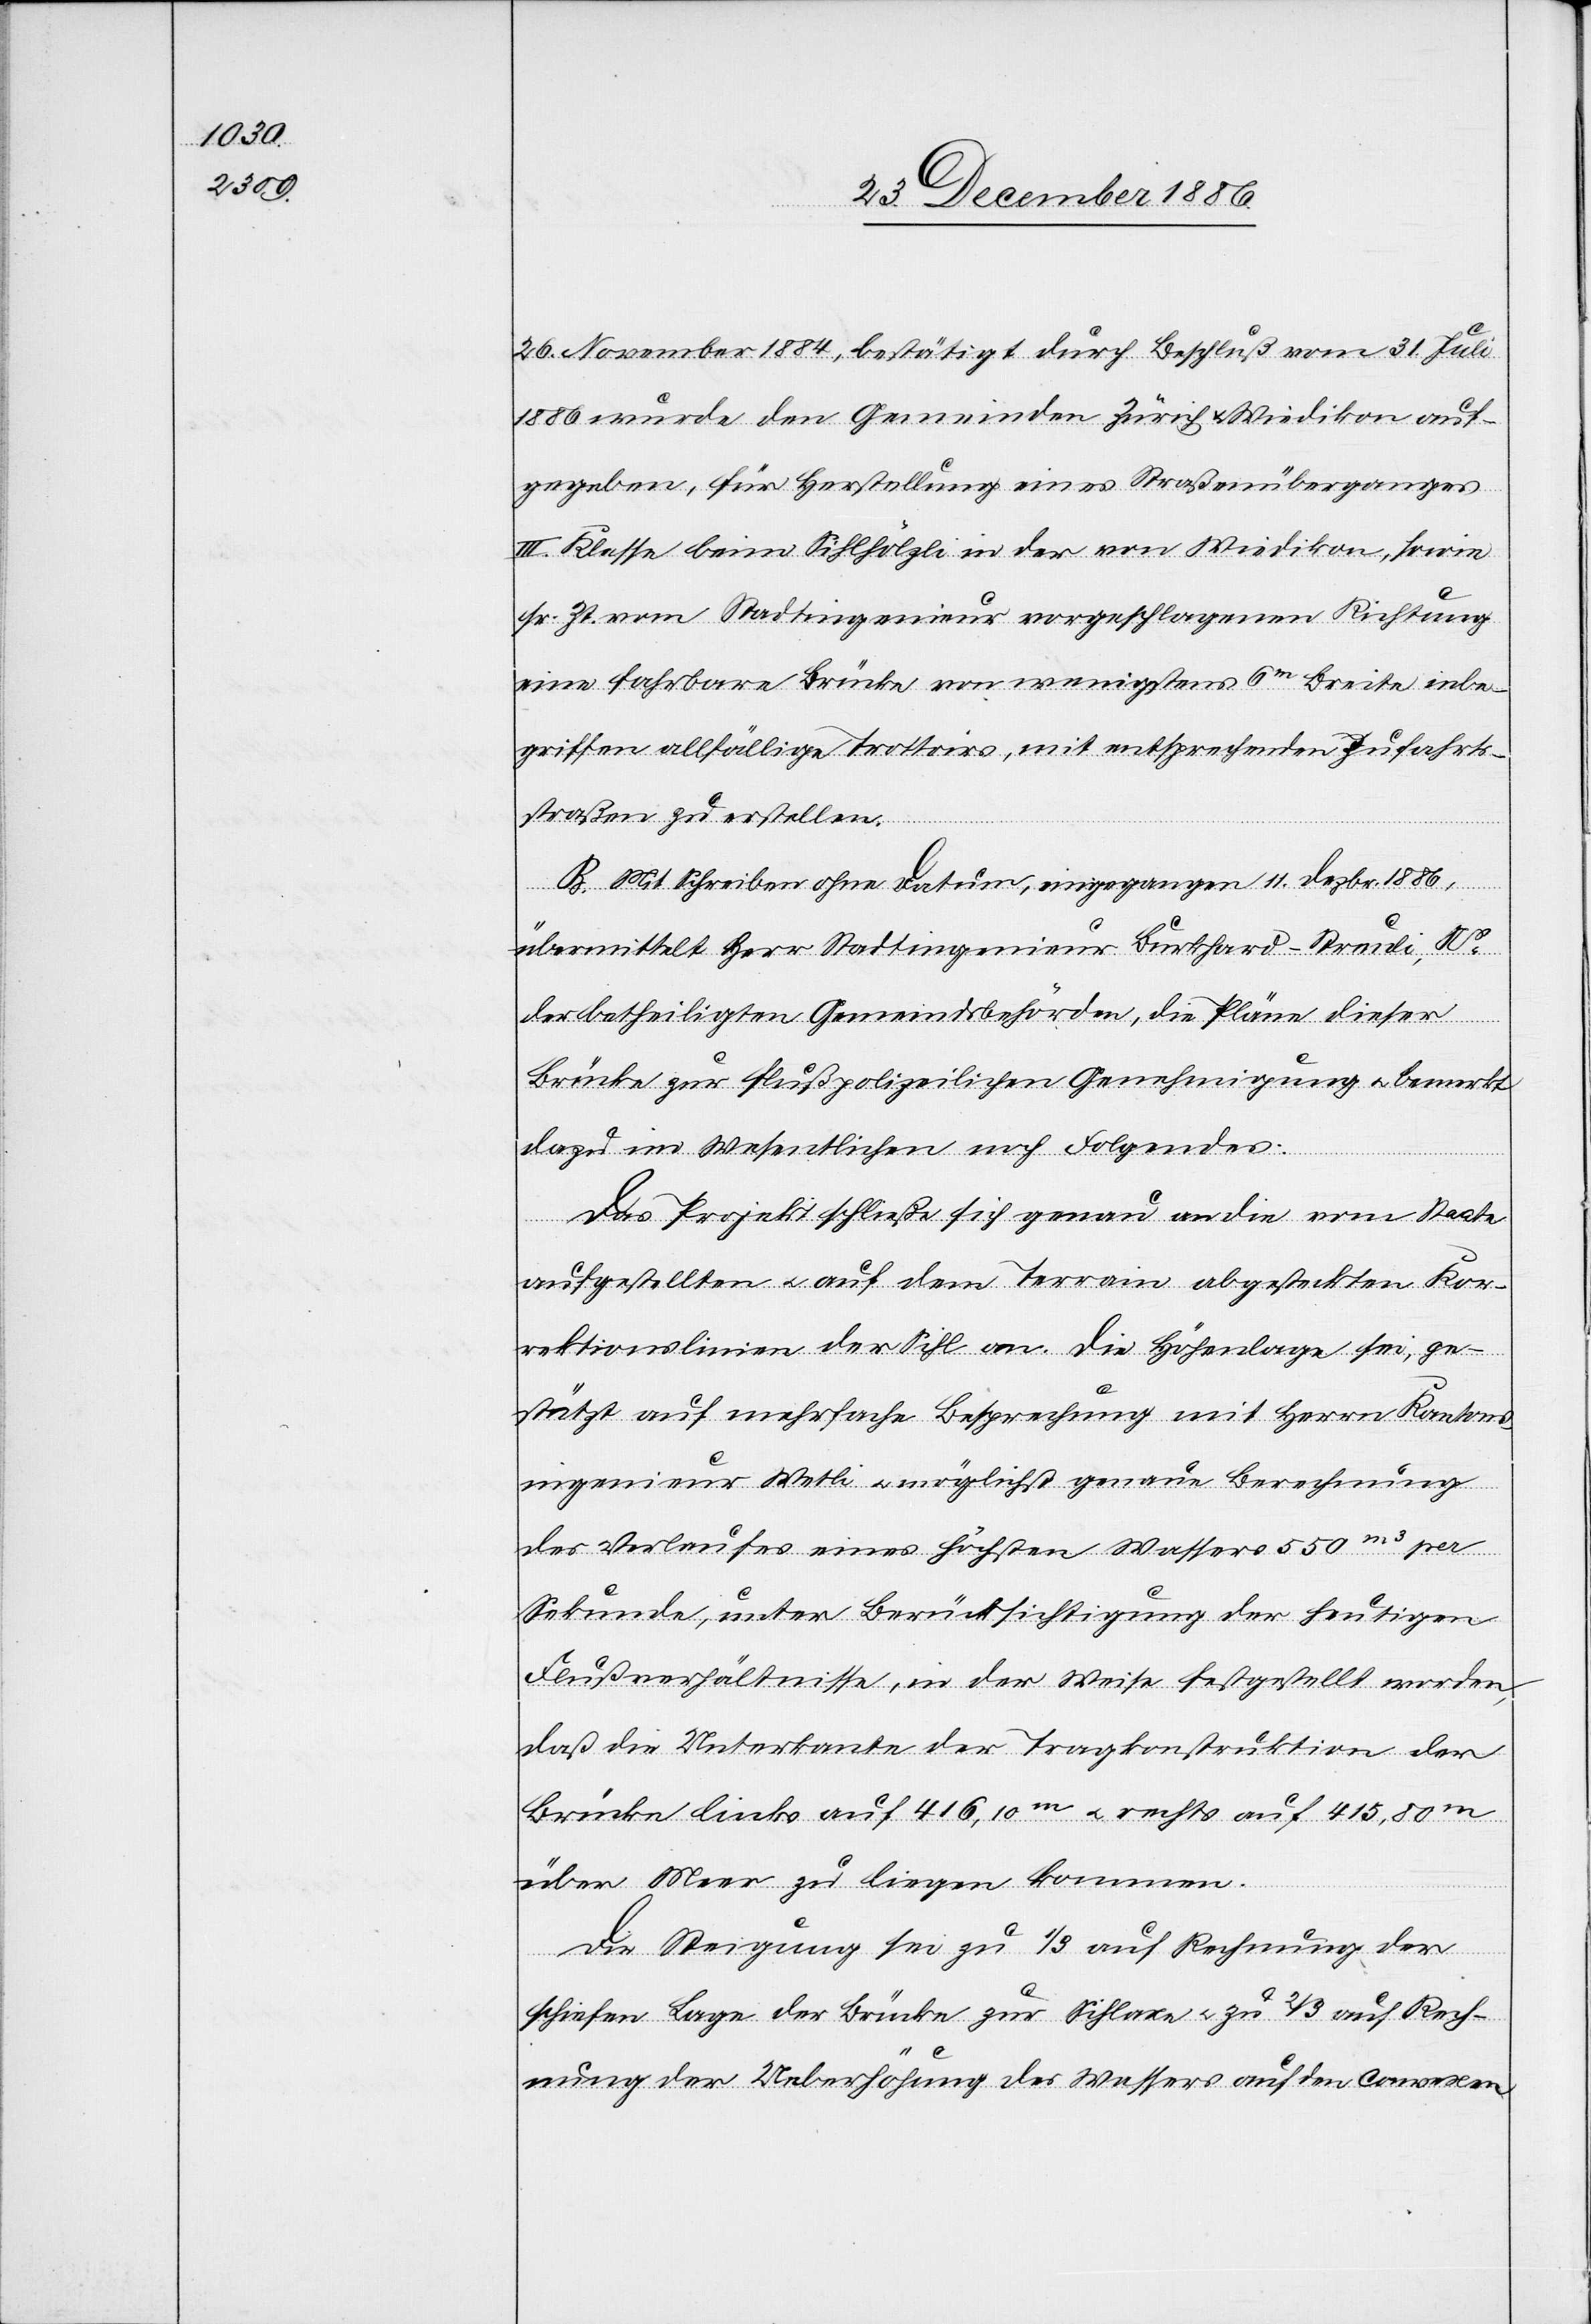
26. November 1884, bestätigt durch Beschluß vom 31. Juli
1886 wurde den Gemeinden Zürich & Wiedikon auf¬
gegeben, für Herstellung eines Straßenüberganges
III. Klasse beim Sihlhölzli in der von Wiedikon, sowie
sr. Zt. vom Stadtingenieur vorgeschlagenen Richtung
eine fahrbare Brücke von wenigstens 6m Breite inbe¬
griffen allfällige Trottoirs, mit entsprechenden Zufahrts¬
straßen zu erstellen.
B. Mit Schreiben ohne Datum, eingegangen 11. Dezbr. 1886,
übermittelt Herr Stadtingenieur Burkhard-Streuli, Ns
der betheiligten Gemeindsbehörden, die Pläne dieser
Brücke zur flußpolizeilichen Genehmigung & bemerkt
dazu im Wesentlichen noch Folgendes:
Das Projekt schließe sich genau an die vom Staate
aufgestellten & auf dem Terrain abgesteckten Kor¬
rektionslinien der Sihl an. Die Höhenlage sei, ge¬
stützt auf mehrfache Besprechung mit Herrn Kantons¬
ingenieur Wetli & möglichst genaue Berechnung
des Verlaufes eines höchsten Wassers 550m3 per
Sekunde, unter Berücksichtigung der heutigen
Flußverhältnisse, in der Weise festgestellt worden,
daß die Unterkante der Tragkonstruktion der
Brücke links auf 416,10m & rechts auf 415,80m
über Meer zu liegen kommen.
Die Steigung sei zu 1/3 auf Rechnung der
schiefen Lage der Brücke zur Sihlaxe & zu 2/3 auf Rech¬
nung der Ueberhöhung des Wassers auf den convexen